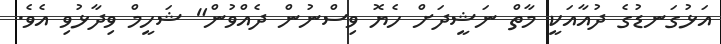
އަޅުގަނޑުގެ ދުއާއަކީ މާތް ނަޝީދަށް ހެޔޮ ވިސްނުން ދެއްވުން" ޝަހީމް ވިދާޅުވި އެވެ.